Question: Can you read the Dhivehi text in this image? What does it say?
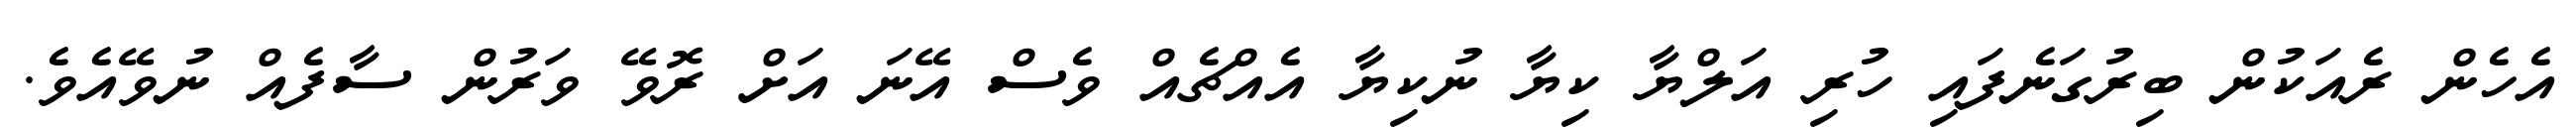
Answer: އެހެން ރެއަކުން ބިރުގަނެފައި ހުރި އަލްޔާ ކިޔާ ނުކިޔާ އެއްޗެއް ވެސް އޭނަ އަށް ރޮވޭ ވަރުން ސާފެއް ނުވޭއެވެ.